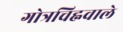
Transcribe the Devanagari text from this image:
गोत्रचिह्नवाले